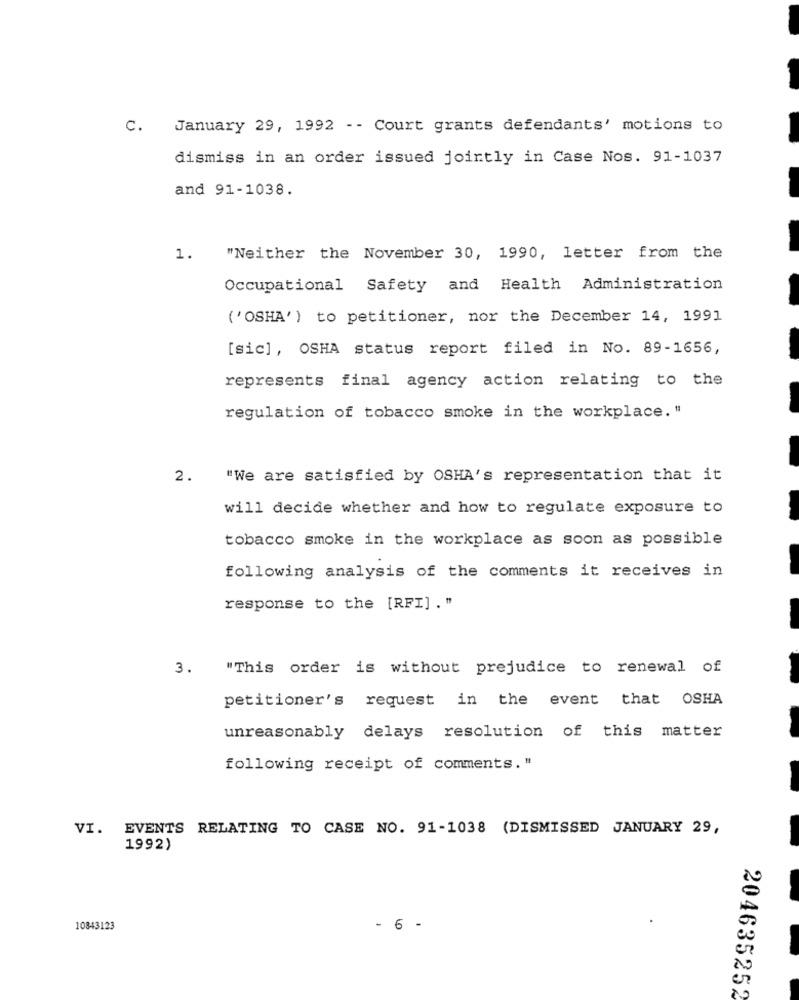
C. January 29, 1992 -- Court grants defendants' motions to
dismiss in an order issued jointly in Case Nos. 91-1037
and 91-1038.
1.
"Neither the November 30, 1990, letter from the
Occupational Safety and Health Administration
('OSHA') to petitioner, nor the December 14, 1991
[sic], OSHA status report filed in No. 89-1656,
represents final agency action relating to the
regulation of tobacco smoke in the workplace. "
2.
"We are satisfied by OSHA's representation that it
will decide whether and how to regulate exposure to
tobacco smoke in the workplace as soon as possible
following analysis of the comments it receives in
response to the [RFI] ."
3.
"This order is without prejudice to renewal of
petitioner's request in the event that OSHA
unreasonably delays resolution of this matter
following receipt of comments. "
VI. EVENTS RELATING TO CASE NO. 91-1038 (DISMISSED JANUARY 29,
1992)
10843123
- 6 -
204635252